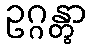
ဥဂ္ဂန္တွာ